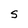
Character: S